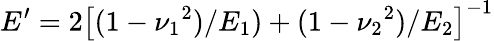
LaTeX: E^{\prime}=2\left[(1-{\nu_{1}}^{2})/E_{1})+(1-{\nu_{2}}^{2})/E_{2}\right]^{-1}